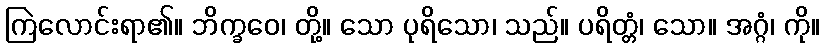
ကြဲလောင်းရာ၏။ ဘိက္ခဝေ၊ တို့။ သော ပုရိသော၊ သည်။ ပရိတ္တံ၊ သော။ အဂ္ဂံ၊ ကို။